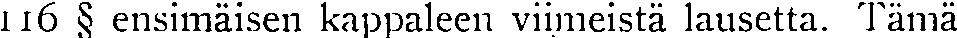
116 § ensimäisen kappaleen viimeistä lausetta. Tämä